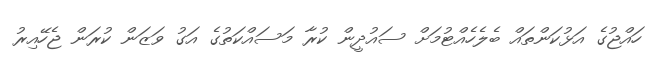
ހައްޖުގެ އަޅުކަންތައް ބެލެހެއްޓުމަށް ސައުދީން ކުރާ މަސައްކަތުގެ އަގު ވަޒަން ކުރަން ޖެހޭއިރު